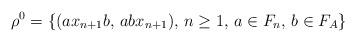
LaTeX: \begin{align*}\rho^{0}=\{(ax_{n+1}b,\,abx_{n+1}),\,n\geq1,\,a\in F_{n},\,b\in F_{A}\}\end{align*}